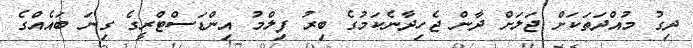
ދިގު މުއްދަތަކަށް ޖަލަށް ދާން ޖެހިދާނެކަމުގެ ބިރު ފިލްމު އިންޑަސްޓްރީގެ ގިނަ ބައެއްގެ